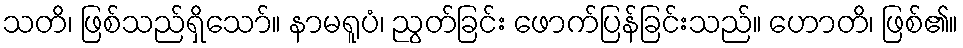
သတိ၊ ဖြစ်သည်ရှိသော်။ နာမရူပံ၊ ညွတ်ခြင်း ဖောက်ပြန်ခြင်းသည်။ ဟောတိ၊ ဖြစ်၏။